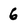
Character: 6